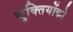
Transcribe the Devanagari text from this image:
युक्तियोंको